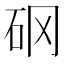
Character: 𥐻